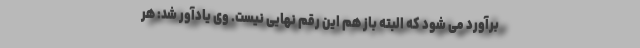
برآورد می شود که البته باز هم این رقم نهایی نیست. وی یادآور شد: هر